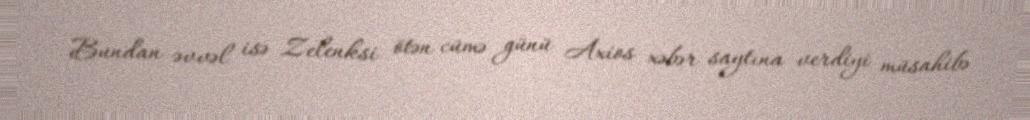
Bundan əvvəl isə Zelenksi ötən cümə günü Axios xəbər saytına verdiyi müsahibə